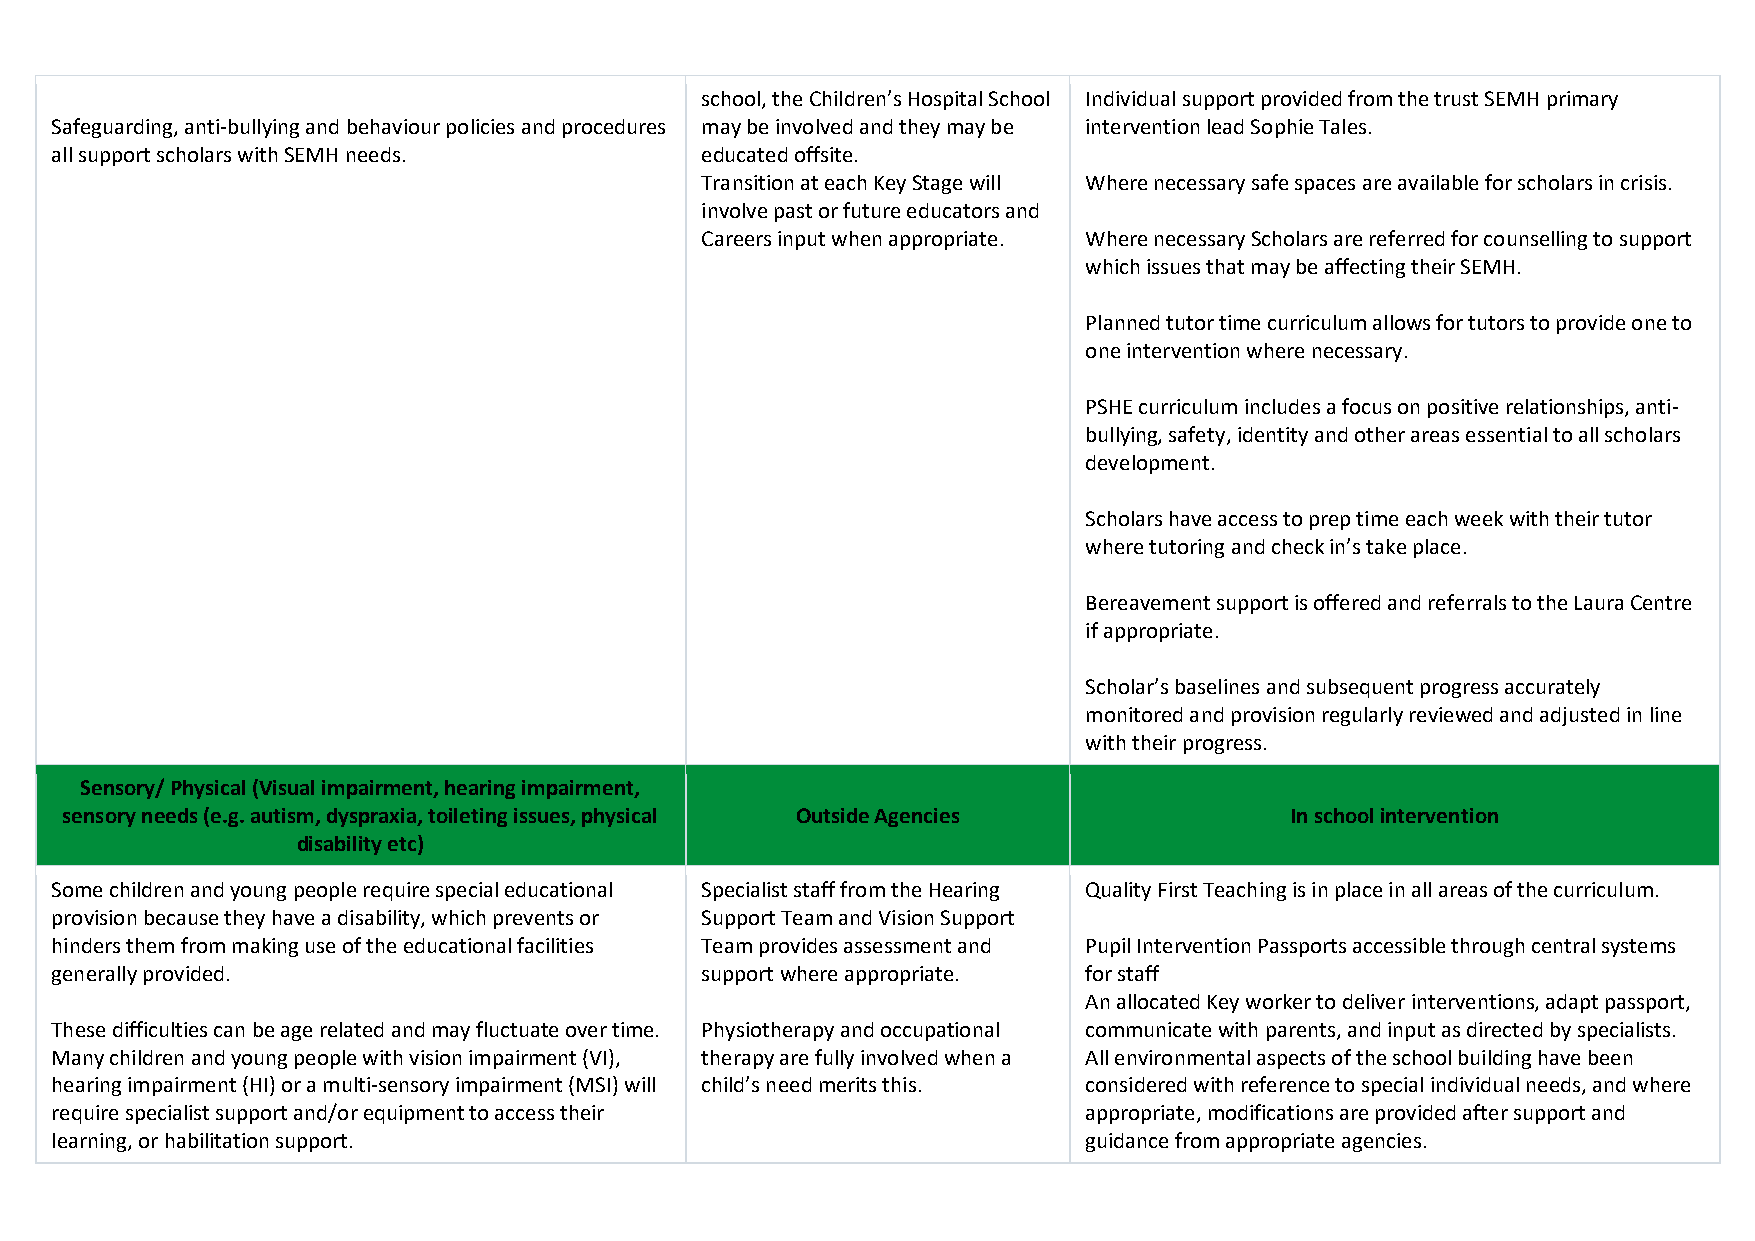
school, the Children’s Hospital School Individual support provided from the trust SEMH primary
 Safeguarding, anti-bullying and behaviour policies and procedures may be involved and they may be intervention lead Sophie Tales.
 all support scholars with SEMH needs.      educated offsite.
 Transition at each Key Stage will Where necessary safe spaces are available for scholars in crisis.
 involve past or future educators and
 Careers input when appropriate. Where necessary Scholars are referred for counselling to support
 which issues that may be affecting their SEMH.
 Planned tutor time curriculum allows for tutors to provide one to
 one intervention where necessary.
 PSHE curriculum includes a focus on positive relationships, anti-
 bullying, safety, identity and other areas essential to all scholars
 development.
 Scholars have access to prep time each week with their tutor
 where tutoring and check in’s take place.
 Bereavement support is offered and referrals to the Laura Centre
 if appropriate.
 Scholar’s baselines and subsequent progress accurately
 monitored and provision regularly reviewed and adjusted in line
 w ith their progress.
 Sensory/ Physical (Visual impairment, hearing impairment,
 sensory needs (e.g. autism, dyspraxia, toileting issues, physical Outside Agencies In school intervention
 disability etc)
 Some children and young people require special educational Specialist staff from the Hearing Quality First Teaching is in place in all areas of the curriculum.
 provision because they have a disability, which prevents or Support Team and Vision Support
 hinders them from making use of the educational facilities Team provides assessment and Pupil Intervention Passports accessible through central systems
 generally provided.                        support where appropriate. for staff
 An allocated Key worker to deliver interventions, adapt passport,
 These difficulties can be age related and may fluctuate over time. Physiotherapy and occupational communicate with parents, and input as directed by specialists.
 Many children and young people with vision impairment (VI), therapy are fully involved when a All environmental aspects of the school building have been
 hearing impairment (HI) or a multi-sensory impairment (MSI) will child’s need merits this. considered with reference to special individual needs, and where
 require specialist support and/or equipment to access their          appropriate, modifications are provided after support and
 learning, or habilitation support.                                   guidance from appropriate agencies.